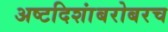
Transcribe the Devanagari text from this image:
अष्टदिशांबरोबरच